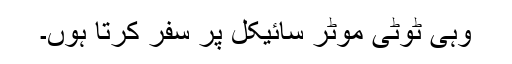
وہی ٹوٹی موٹر سائیکل پر سفر کرتا ہوں۔